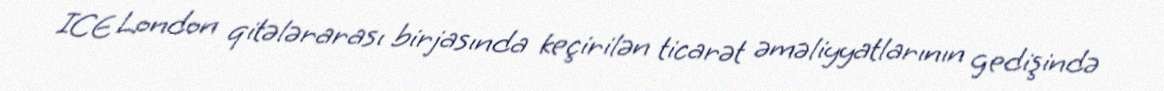
ICE London qitələrarası birjasında keçirilən ticarət əməliyyatlarının gedişində